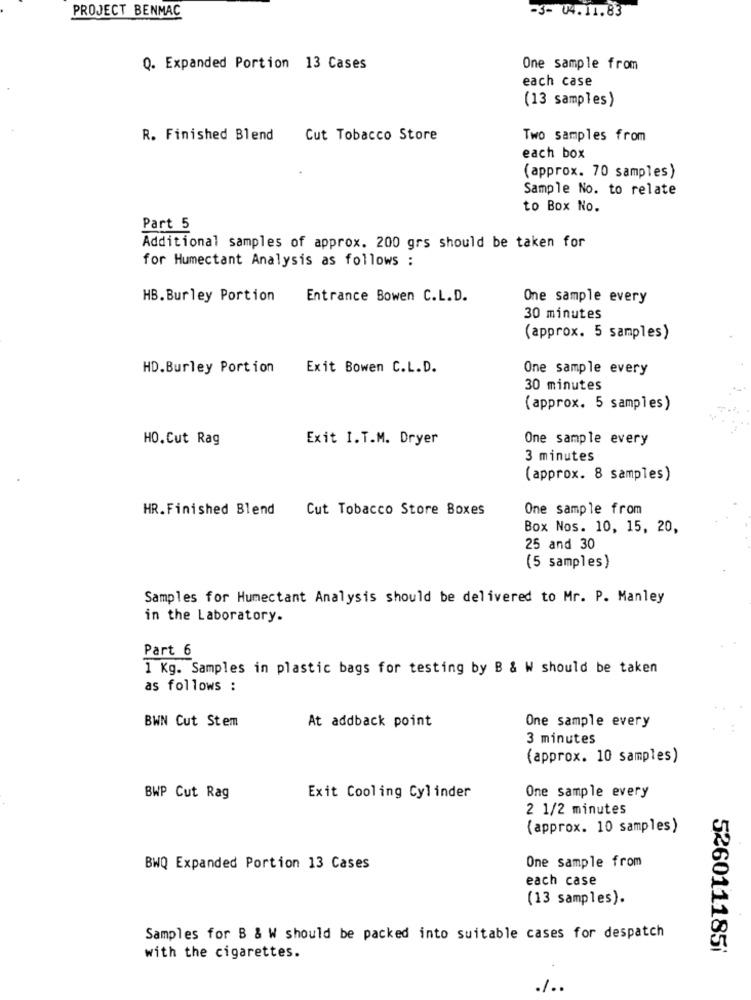
PROJECT BENMAC
-3- 04.11.83
Q. Expanded Portion 13 Cases
One sample from
each case
(13 samples)
R. Finished Blend
Cut Tobacco Store
Two samples from
each box
(approx. 70 samples)
Sample No. to relate
to Box No.
Part 5
Additional samples of approx. 200 grs should be taken for
for Humectant Analysis as follows :
HB. Burley Portion
Entrance Bowen C.L.D.
One sample every
30 minutes
(approx. 5 samples)
HD.Burley Portion
Exit Bowen C.L.D.
One sample every
30 minutes
(approx. 5 samples)
HO.Cut Rag
Exit I.T.M. Dryer
One sample every
3 minutes
(approx. 8 samples)
HR.Finished Blend
Cut Tobacco Store Boxes
One sample from
Box Nos. 10, 15, 20,
25 and 30
(5 samples )
Samples for Humectant Analysis should be delivered to Mr. P. Manley
in the Laboratory.
Part 6
1 Kg. Samples in plastic bags for testing by B & W should be taken
as follows :
BWN Cut Stem
At addback point
One sample every
3 minutes
(approx. 10 samples)
One sample every
BWP Cut Rag
Exit Cooling Cylinder
2 1/2 minutes
(approx. 10 samples)
One sample from
BWQ Expanded Portion 13 Cases
each case
(13 samples).
Samples for B & W should be packed into suitable cases for despatch
5260111851
with the cigarettes.
/ ..